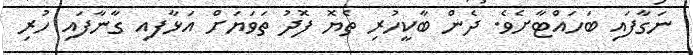
ނަގާފައި ބަހައްޓާށެވެ. ދެން ބާކީހުރި ތެޔޮ ފޮދު ތަވަޔަށް އަޅާފއި ގާނާފައި ހުރި